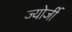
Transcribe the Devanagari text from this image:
ज्योर्जी